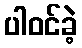
ပါဝင်ခဲ့